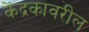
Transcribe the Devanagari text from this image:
केंद्रकावरील